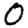
Digit: 0